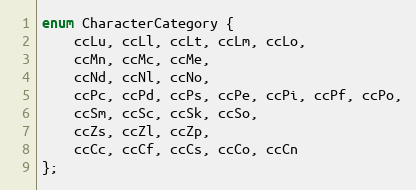
Language: C
enum CharacterCategory {
	ccLu, ccLl, ccLt, ccLm, ccLo,
	ccMn, ccMc, ccMe,
	ccNd, ccNl, ccNo,
	ccPc, ccPd, ccPs, ccPe, ccPi, ccPf, ccPo,
	ccSm, ccSc, ccSk, ccSo,
	ccZs, ccZl, ccZp,
	ccCc, ccCf, ccCs, ccCo, ccCn
};